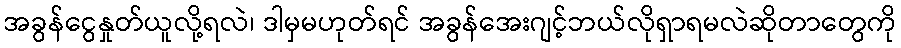
အခွန်ငွေနှုတ်ယူလို့ရလဲ၊ ဒါမှမဟုတ်ရင် အခွန်အေးဂျင့်ဘယ်လိုရှာရမလဲဆိုတာတွေကို